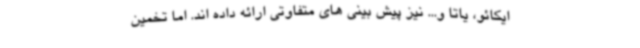
ایکائو، یاتا و... نیز پیش بینی های متفاوتی ارائه داده اند. اما تخمین